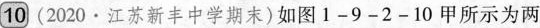
10(2020·江苏新丰中学期末)如图1-9-2-10甲所示为两